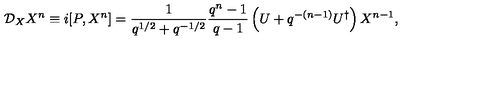
\mathcal { D } _ { X } X ^ { n } \equiv i [ P , X ^ { n } ] = \frac { 1 } { q ^ { 1 / 2 } + q ^ { - 1 / 2 } } \frac { q ^ { n } - 1 } { q - 1 } \left( U + q ^ { - ( n - 1 ) } U ^ { \dagger } \right) X ^ { n - 1 } ,